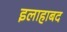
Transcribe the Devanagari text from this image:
इलाहाबद